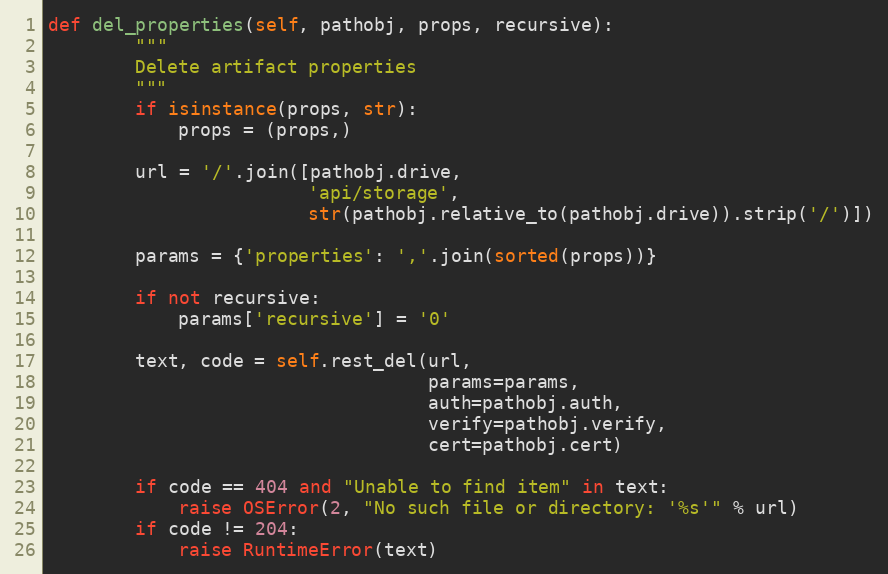
Language: Python
def del_properties(self, pathobj, props, recursive):
        """
        Delete artifact properties
        """
        if isinstance(props, str):
            props = (props,)

        url = '/'.join([pathobj.drive,
                        'api/storage',
                        str(pathobj.relative_to(pathobj.drive)).strip('/')])

        params = {'properties': ','.join(sorted(props))}

        if not recursive:
            params['recursive'] = '0'

        text, code = self.rest_del(url,
                                   params=params,
                                   auth=pathobj.auth,
                                   verify=pathobj.verify,
                                   cert=pathobj.cert)

        if code == 404 and "Unable to find item" in text:
            raise OSError(2, "No such file or directory: '%s'" % url)
        if code != 204:
            raise RuntimeError(text)